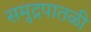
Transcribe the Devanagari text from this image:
समुद्रपातळी